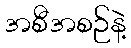
အစီအစဉ်နဲ့